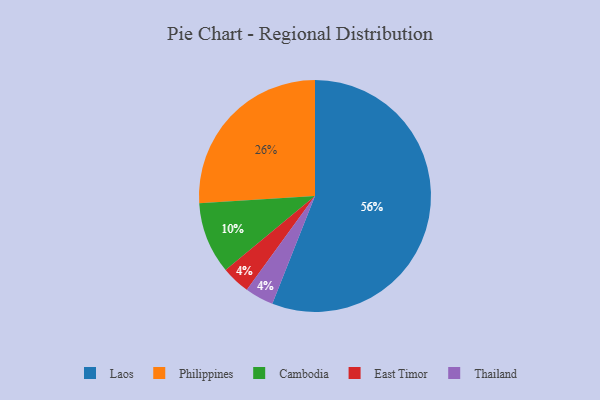
{"axis": {"x": "Category", "y": "Percentage"}, "legend": ["Cambodia", "East Timor", "Laos", "Philippines", "Thailand"], "data": [{"x": "East Timor", "y": 4, "type": "East Timor"}, {"x": "Laos", "y": 56, "type": "Laos"}, {"x": "Philippines", "y": 26, "type": "Philippines"}, {"x": "Thailand", "y": 4, "type": "Thailand"}, {"x": "Cambodia", "y": 10, "type": "Cambodia"}]}